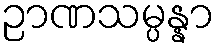
ဉာဏသမ္ပန္နာ